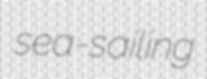
sea-sailing